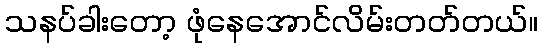
သနပ်ခါးတော့ ဖုံနေအောင်လိမ်းတတ်တယ်။